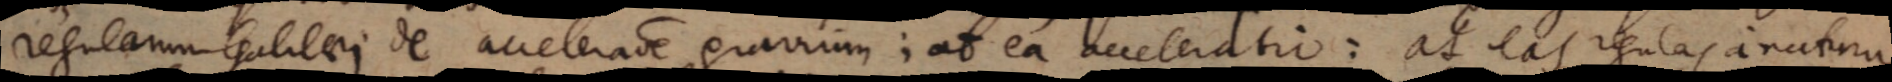
regularum Galilaei de acceleratione gravium; at ea acceleratio: at eas regulas a natura